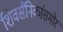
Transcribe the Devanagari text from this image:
शिवसैनिकांसमोर